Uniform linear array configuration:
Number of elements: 64
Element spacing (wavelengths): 0.25
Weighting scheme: hamming
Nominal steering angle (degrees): -60
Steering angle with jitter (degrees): -58.606
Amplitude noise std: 0.05
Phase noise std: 0.05

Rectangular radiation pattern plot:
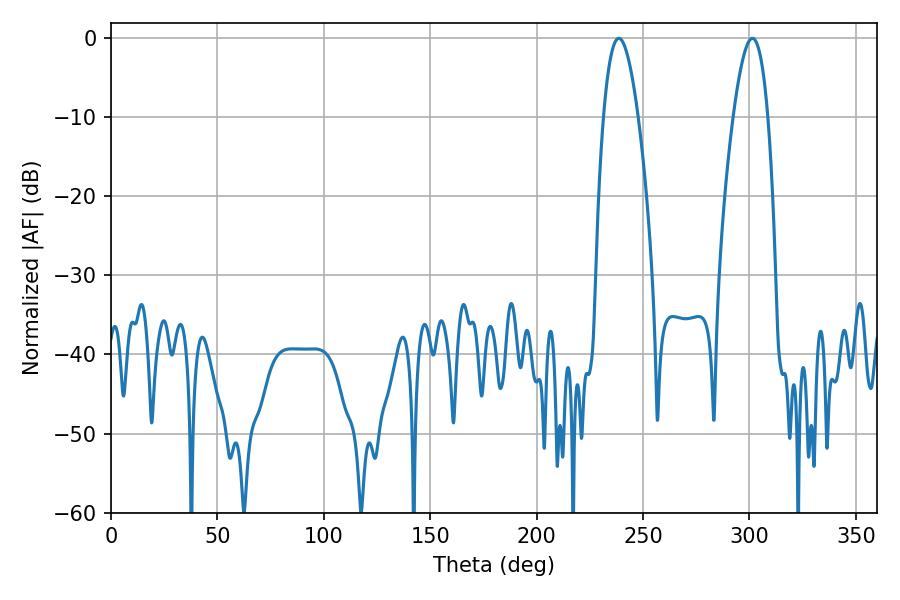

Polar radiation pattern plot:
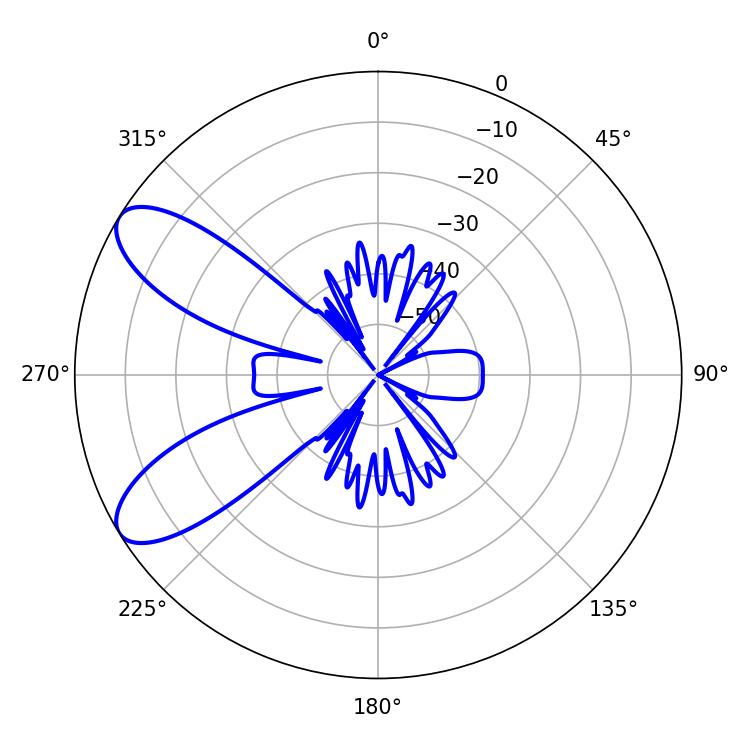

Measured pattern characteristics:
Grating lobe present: FALSE
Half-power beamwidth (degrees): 9
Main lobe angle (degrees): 301.32